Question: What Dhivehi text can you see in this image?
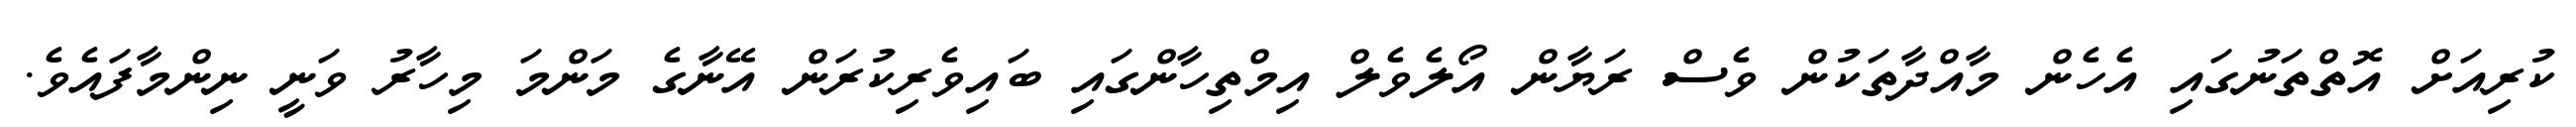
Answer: ކުރިއަށް އޮތްތަނުގައި އެހެން މާއްދާތަކުން ވެސް ރަޔާން އޯލެވެލް އިމްތިހާންގައި ބައިވެރިކުރަން އޭނާގެ މަންމަ މިހާރު ވަނީ ނިންމާފައެވެ.